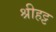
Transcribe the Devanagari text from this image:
श्रीहट्ट